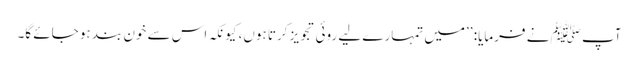
آپ ﷺ نے فرمایا: ’’میں تمہارے لیے روئی تجویز کرتا ہوں، کیونکہ اس سے خون بند ہو جائے گا۔